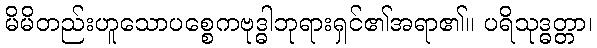
မိမိတည်းဟူသောပစ္စေကဗုဒ္ဓါဘုရားရှင်၏အရာ၏။ ပရိသုဒ္ဓတ္တာ၊